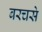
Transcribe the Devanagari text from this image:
बरचसे